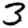
Digit: 3